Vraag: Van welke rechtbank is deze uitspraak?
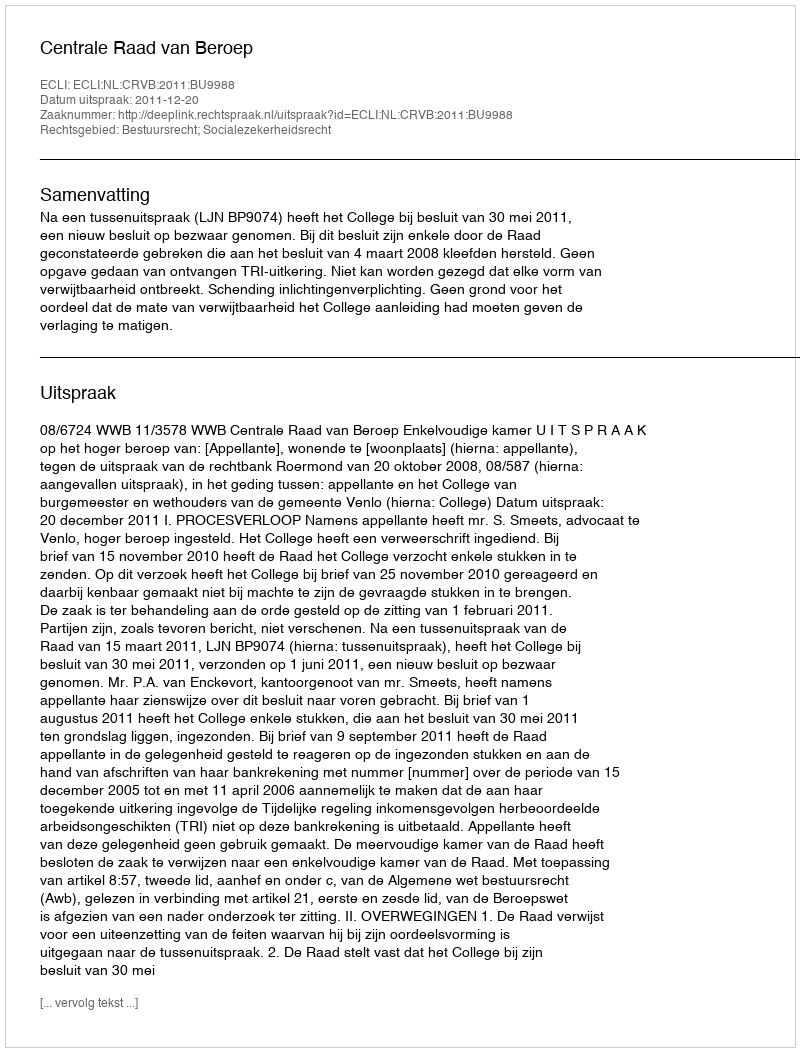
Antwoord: Centrale Raad van Beroep